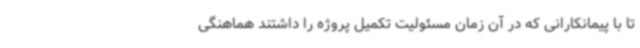
تا با پیمانکارانی که در آن زمان مسئولیت تکمیل پروژه را داشتند هماهنگی